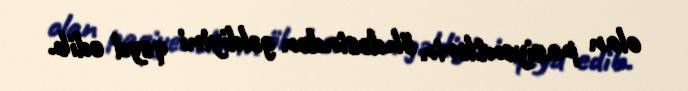
olan pasiyentlərin öhdəsindən gəldiyini qeyd edib.